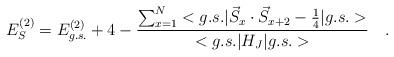
LaTeX: \begin{align*}E_{S}^{(2)}=E_{g.s.}^{(2)}+4-\frac{\sum_{x=1}^{N}<g.s.|\vec{S}_{x}\cdot \vec{S}_{x+2}-\frac{1}{4}|g.s.>}{<g.s.|H_{J}|g.s.>}\quad .\end{align*}